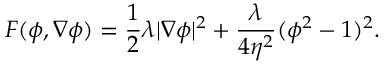
\small F ( \phi , \nabla \phi ) = \frac { 1 } { 2 } \lambda | \nabla \phi | ^ { 2 } + \frac { \lambda } { 4 \eta ^ { 2 } } ( \phi ^ { 2 } - 1 ) ^ { 2 } .